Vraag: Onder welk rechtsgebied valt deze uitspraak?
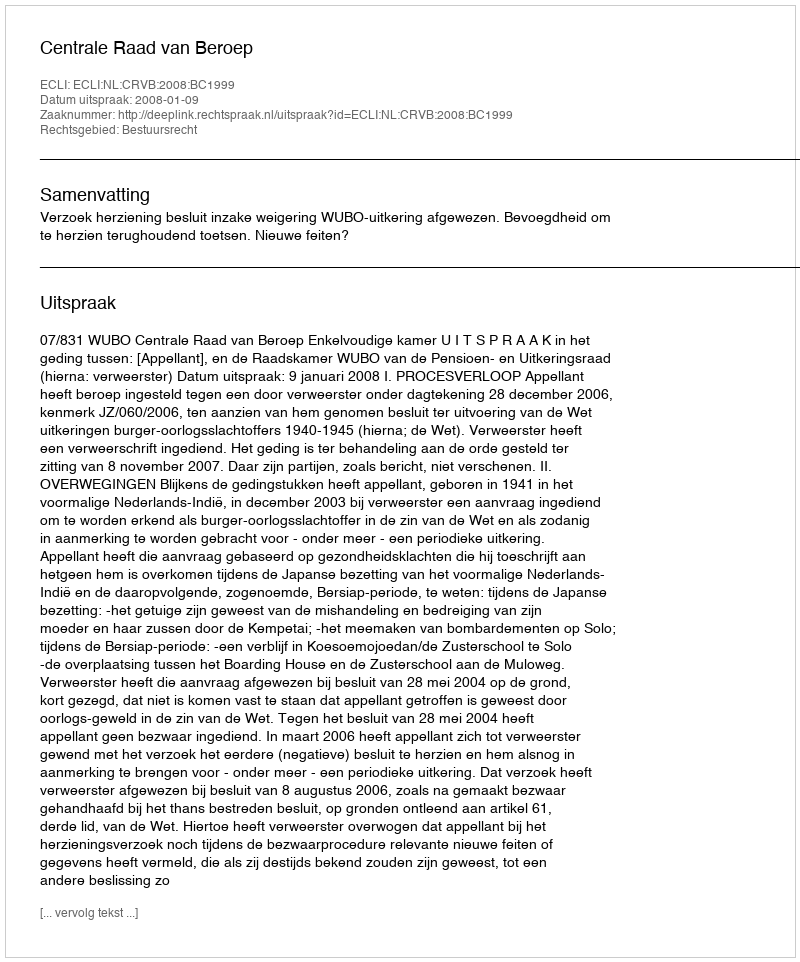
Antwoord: Bestuursrecht